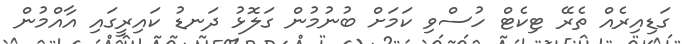
ގަޑިއިރެއް ތެރޭ ޓިކެޓް ހުސްވި ކަމަށް ބުނުމުން ގަލޮޅު ދަނޑު ކައިރީގައި އާއްމުން